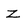
Character: Z